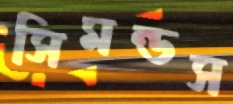
সিমন্ডস